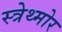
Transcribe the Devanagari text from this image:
स्त्रेथ्मोर